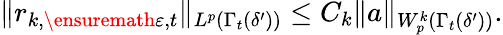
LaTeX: \| r_{k,\ensuremath{\varepsilon},t}\| _{L^{p}(\Gamma_{t}(\delta^{\prime}))}\leq C_{k}\| a\| _{W_{p}^{k}(\Gamma_{t}(\delta^{\prime}))}.